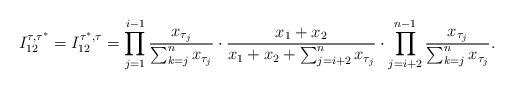
LaTeX: \begin{align*} I_{12}^{\tau,\tau^*}= I_{12}^{\tau^*,\tau}=\prod_{j=1}^{i-1} \frac{x_{\tau_j}}{\sum_{k=j}^n x_{\tau_j}}\cdot \frac{x_1+x_2}{x_1+x_2 + \sum_{j=i+2}^n x_{\tau_j}} \cdot \prod_{j=i+2}^{n-1} \frac{x_{\tau_j}}{\sum_{k=j}^n x_{\tau_j}}.\end{align*}